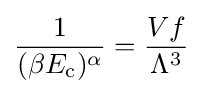
{\frac {1}{(\beta E_{\rm {c}})^{\alpha }}}={\frac {Vf}{\Lambda ^{3}}}